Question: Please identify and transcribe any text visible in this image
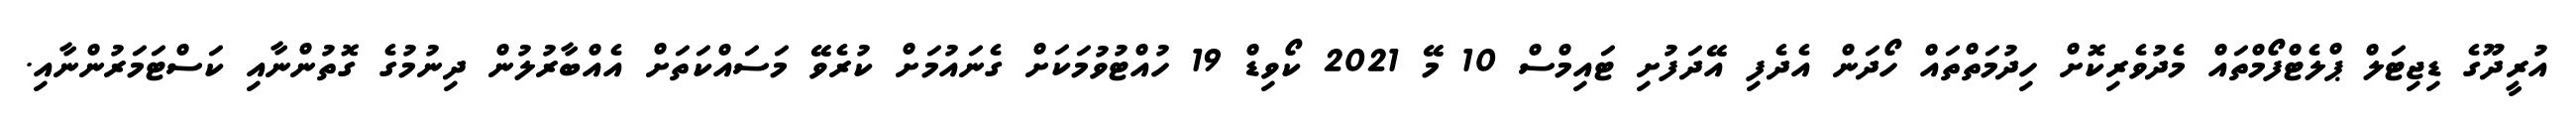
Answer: އުރީދޫގެ ޑިޖިޓަލް ޕްލެޓްފޯމްތައް މެދުވެރިކޮށް ހިދުމަތްތައް ހޯދަން އެދެފި އޭދަފުށި ޓައިމްސް 10 މޭ 2021 ކޯވިޑް 19 ހުއްޓުވުމަކަށް ގެނައުމަށް ކުރެވޭ މަސައްކަތަށް އެއްބާރުލުން ދިނުމުގެ ގޮތުންނާއި ކަސްޓަމަރުންނާއި.